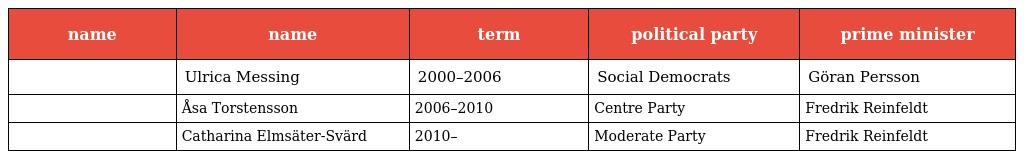
| name | name | term | political party | prime minister |
 | --- | --- | --- | --- | --- |
 |  | Ulrica Messing | 2000–2006 | Social Democrats | Göran Persson |
 |  | Åsa Torstensson | 2006–2010 | Centre Party | Fredrik Reinfeldt |
 |  | Catharina Elmsäter-Svärd | 2010– | Moderate Party | Fredrik Reinfeldt |